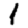
Digit: 1